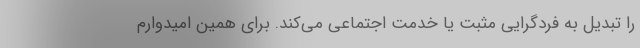
را تبدیل به فردگرایی مثبت یا خدمت اجتماعی می‌کند. برای همین امیدوارم